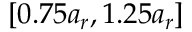
[ 0 . 7 5 a _ { r } , 1 . 2 5 a _ { r } ]